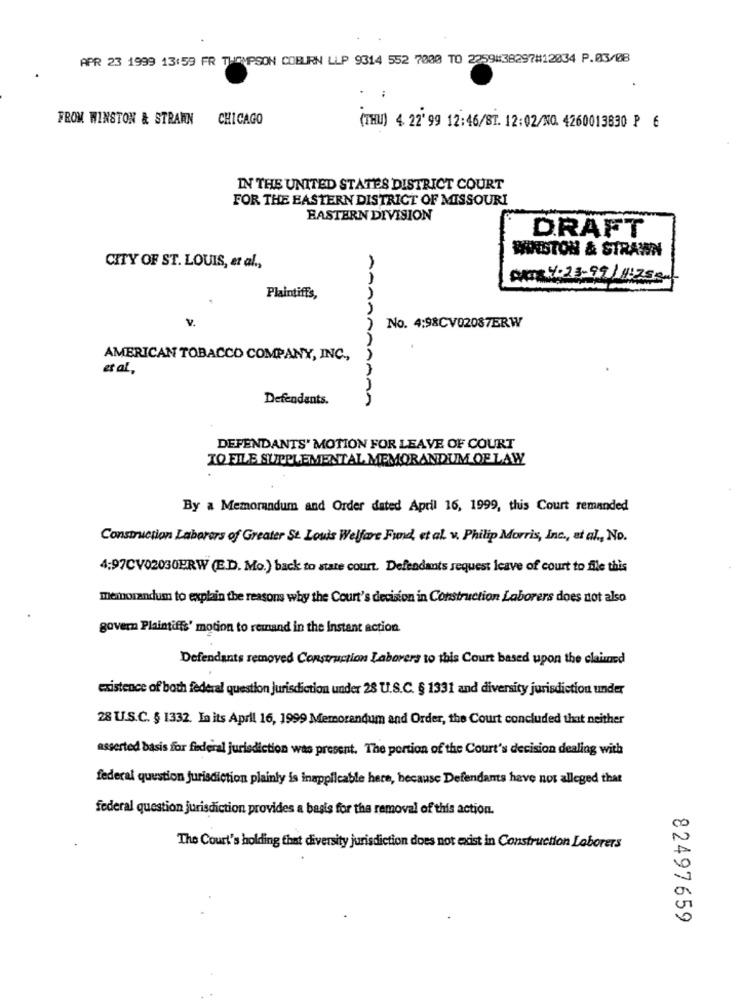
APR 23 1999 13:59 FR THOMPSON COBURN LLP 9314 552 7000 TO 2259#38297#12034 P.03/08
:
FROM WINSTON & STRAWN CHICAGO
(THU) 4. 22' 99 12:46/ST. 12:02/NO. 4260013830 P 6
IN THE UNITED STATES DISTRICT COURT
FOR THE EASTERN DISTRICT OF MISSOURI
EASTERN DIVISION
DRAFT
WINSTON & STRAWN
CITY OF ST. LOUIS, et al .,
ART :4:23.99/4:2550
Plaintiffs,
AAAA
V.
No. 4:98CV02087ERW
AMERICAN TOBACCO COMPANY, INC .,
et al
Defendants.
DEFENDANTS' MOTION FOR LEAVE OF COURT
TO FILE SUPPLEMENTAL MEMORANDUM OF LAW
By a Memorandum and Order dated April 16, 1999, this Court remanded
Construction Laborers of Greater St. Louis Welfare Fund, et al. v. Philip Morris, Inc ., et al ., No.
4;97CV02030ERW (E.D. Mo.) back to stare court. Defendants request leave of court to file this
memorandum to explain the reasons why the Court's decision in Construction Laborers does not also
govern Plaintiffs' motion to remand in the Instant action.
Defendants removed Construction Laborers to this Court based upon the claund
existence of both federal question Jurisdiction under 28 U.S.C. § 1331 and diversity jurisdiction under
28 U.S.C. § 1332. In its April 16, 1999 Memorandum and Order, the Court concluded that neither
asserted basis for federal jurisdiction was present. The portion of the Court's decision dealing with
federal question jurisdiction plainly is inapplicable here, because Defendants have not alleged that
federal question jurisdiction provides a basis for the removal of this action.
The Court's holding that diversity jurisdiction does not exist in Construction Laborers
82497659